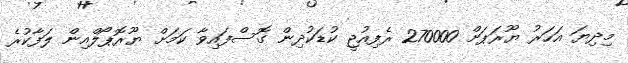
މިދިޔަ އަހަރު ޔޫރަޕަށް 270000 ރެފިއުޖީ ކުޑަކުދިން ގޮސްފައިވާ ކަމަށް ޔޫރޮޕޯލްއިން ލަފާކުރެ